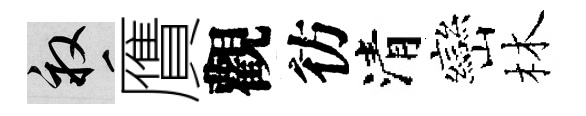
畝贋觀彷清巒林